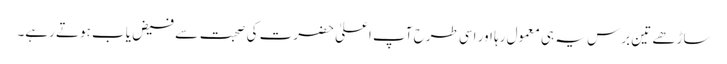
ساڑھے تین برس یہ ہی معمول رہا اور اسی طرح آپ اعلیٰ حضرت کی صحبت سے فیض یاب ہوتے رہے۔